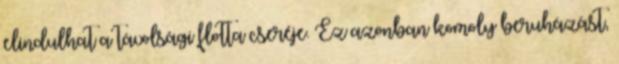
elindulhat a távolsági flotta cseréje. Ez azonban komoly beruházást,